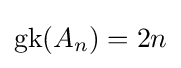
\operatorname {gk} (A_{n})=2n